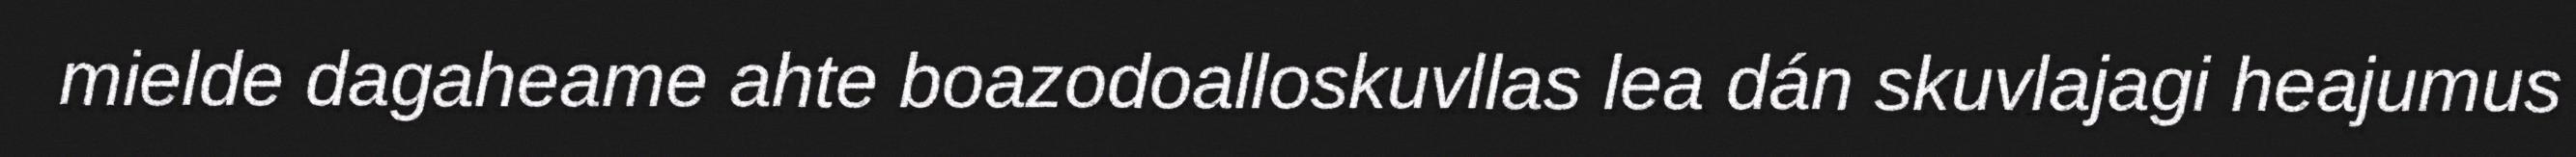
mielde dagaheame ahte boazodoalloskuvllas lea dán skuvlajagi heajumus